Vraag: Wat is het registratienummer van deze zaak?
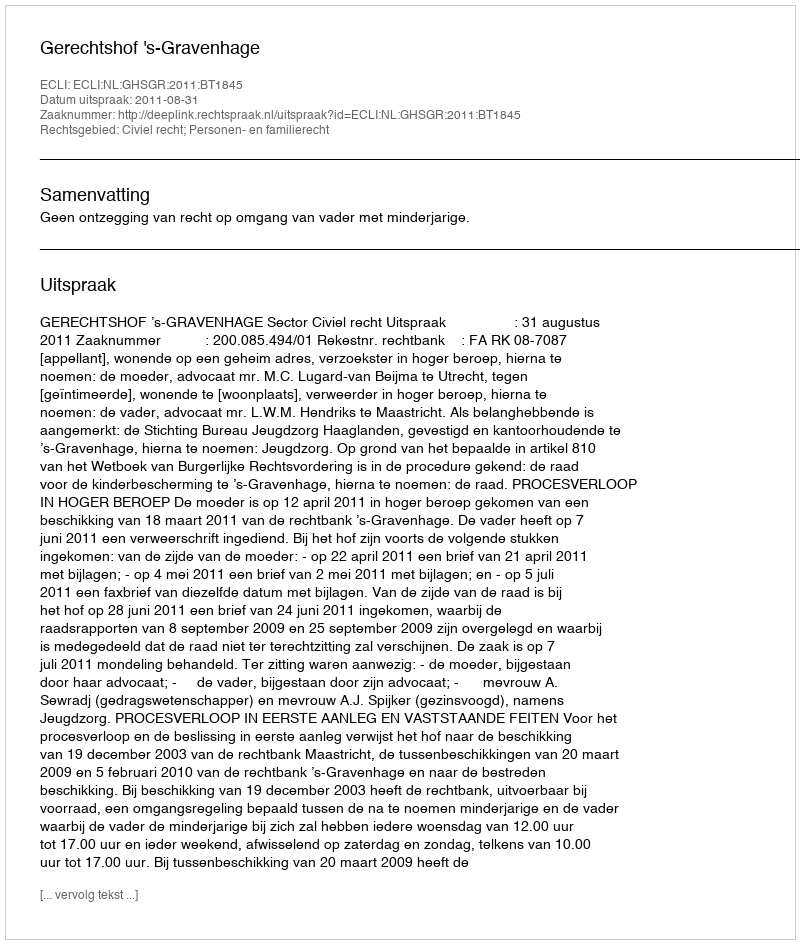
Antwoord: http://deeplink.rechtspraak.nl/uitspraak?id=ECLI:NL:GHSGR:2011:BT1845